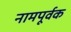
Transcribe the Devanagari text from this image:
नामपूर्वक